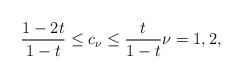
LaTeX: \begin{align*} \frac{1-2t}{1-t} \leq c_{\nu} \leq \frac{t}{1-t} \nu=1,2, \end{align*}